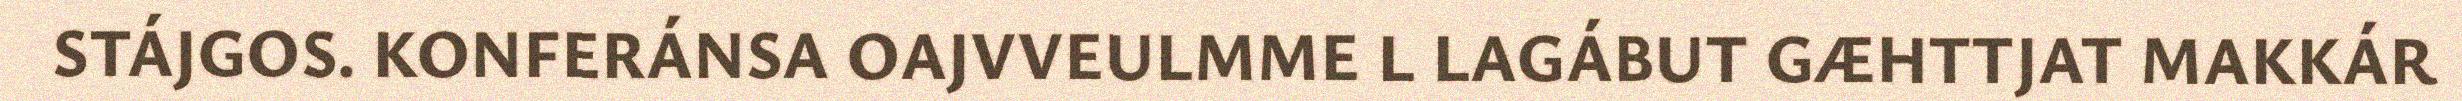
STÁJGOS. KONFERÁNSA OAJVVEULMME L LAGÁBUT GÆHTTJAT MAKKÁR